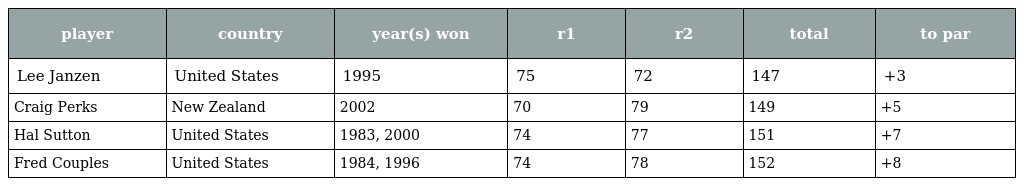
| player | country | year(s) won | r1 | r2 | total | to par |
 | --- | --- | --- | --- | --- | --- | --- |
 | Lee Janzen | United States | 1995 | 75 | 72 | 147 | +3 |
 | Craig Perks | New Zealand | 2002 | 70 | 79 | 149 | +5 |
 | Hal Sutton | United States | 1983, 2000 | 74 | 77 | 151 | +7 |
 | Fred Couples | United States | 1984, 1996 | 74 | 78 | 152 | +8 |